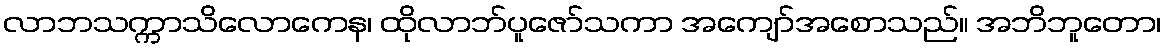
လာဘသက္ကာသိလောကေန၊ ထိုလာဘ်ပူဇော်သကာ အကျော်အစောသည်။ အဘိဘူတော၊